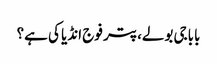
باباجی بولے، پتر فوج انڈیا کی ہے؟